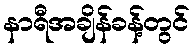
နာရီအချိန်ခန့်တွင်